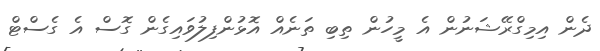
ދެން އިމިގްރޭޝަނުން އެ މީހުން ތިބި ތަނެއް އޮޅުންފިލުވައިގެން ގޮސް އެ ގެސްޓް